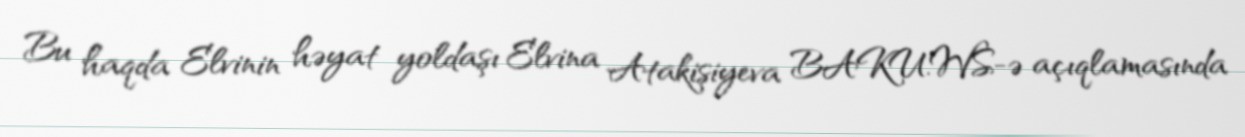
Bu haqda Elvinin həyat yoldaşı Elvina Atakişiyeva BAKU.WS-ə açıqlamasında